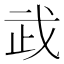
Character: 𢦰